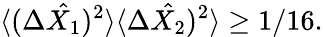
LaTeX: \langle(\Delta\hat{X_{1}})^{2}\rangle\langle\Delta\hat{X_{2}})^{2}\rangle\geq 1/16.